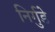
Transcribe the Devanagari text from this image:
निर्गुडे